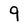
Character: 9